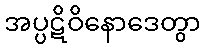
အပ္ပဋိဝိနောဒေတွာ